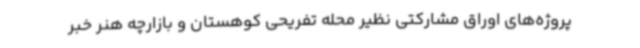
پروژه‌های اوراق مشارکتی نظیر محله تفریحی کوهستان و بازارچه هنر خبر